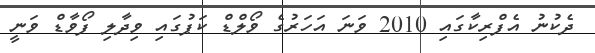
ދެކުނު އެފްރިކާގައި 2010 ވަނަ އަހަރުގެ ވޯލްޑް ކަޕުގައި ވިދާލި ފޯވާޑް ވަނީ